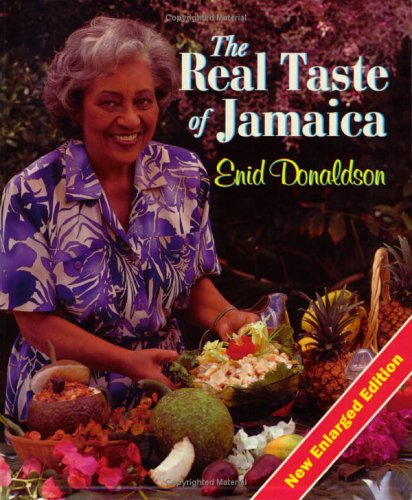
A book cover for The Real Taste of Jamaica, Rev. Ed.; Enid Donaldson; Cookbooks, Food & Wine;